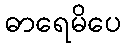
ဓာရေမိပေ